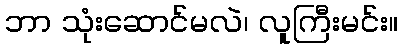
ဘာ သုံးဆောင်မလဲ၊ လူကြီးမင်း။